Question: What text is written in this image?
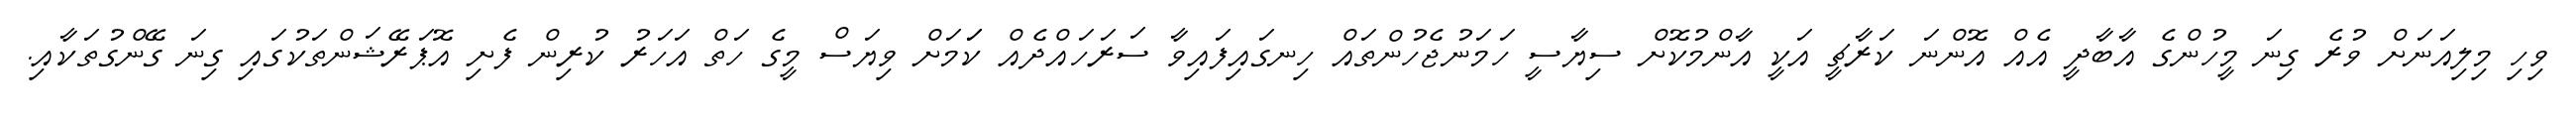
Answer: ވިހި މިލިއަނަށް ވުރެ ގިނަ މީހުންގެ އާބާދީ އެއް އޮންނަ ކަރާޗީ އަކީ އާންމުކޮށް ސިޔާސީ ހަމަނުޖެހުންތައް ހިނގައިފައިވާ ސަރަހައްދެއް ކަަމަށް ވިޔަސް މީގެ ހަތް އަހަރު ކުރިން ފެށި އޮޕަރޭޝަންތަކުގައި ގިނަ ގޭންގުތަކާއި.